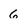
Character: 6